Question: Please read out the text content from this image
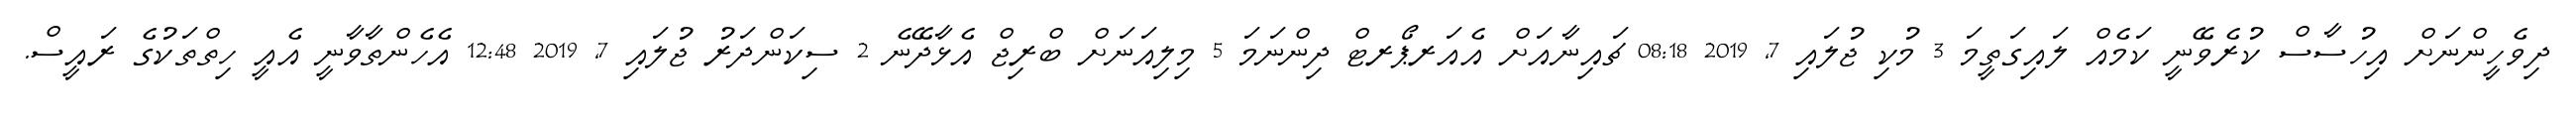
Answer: ދިވެހީންނަށް އިހުސާސް ކުރެވޭނީ ކަމެއް ލައިގަތީމަ 3 މުކި ޖުލައި 7, 2019 08:18 ޗައިނާއަށް އެއަރޕޯރޓް ދިންނަމަ 5 މިލިއަނަށް ބްރިޖް އެޅާދޭނެ 2 ސިކަންދަރު ޖުލައި 7, 2019 12:48 އެހެންތާވާނީ އެއީ ހިތްތަކުގެ ރައީސް.